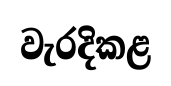
වැරදිකළ